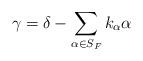
LaTeX: \begin{align*}\gamma=\delta-\sum_{\alpha\in S_{F}}k_{\alpha}\alpha\end{align*}